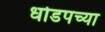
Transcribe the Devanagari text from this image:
धोडपच्या